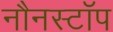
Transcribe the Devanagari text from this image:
नौनस्टॉप